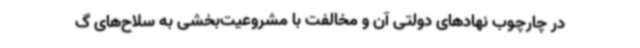
در چارچوب نهادهای دولتی آن و مخالفت با مشروعیت‌بخشی به سلاح‌های گ